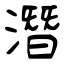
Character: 潛